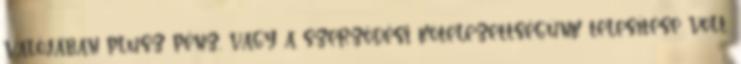
valójában plusz pénz, vagy a szerződési kötelezettségünk telesítése volt.